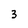
Character: 3